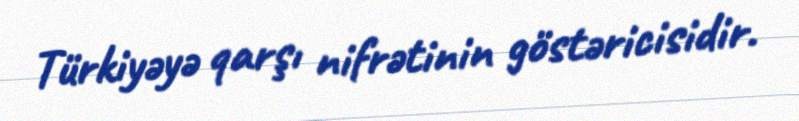
Türkiyəyə qarşı nifrətinin göstəricisidir.